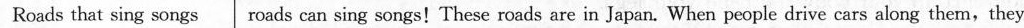
Roads that sing songs|roads can sing songs!These roads are in Japan. When people drive cars along them,they